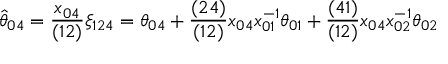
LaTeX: \hat { \theta } _ { 0 4 } = { \frac { x _ { 0 4 } } { ( 1 2 ) } } \xi _ { 1 2 4 } = \theta _ { 0 4 } + { \frac { ( 2 4 ) } { ( 1 2 ) } } x _ { 0 4 } x _ { 0 1 } ^ { - 1 } \theta _ { 0 1 } + { \frac { ( 4 1 ) } { ( 1 2 ) } } x _ { 0 4 } x _ { 0 2 } ^ { - 1 } \theta _ { 0 2 }